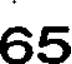
65